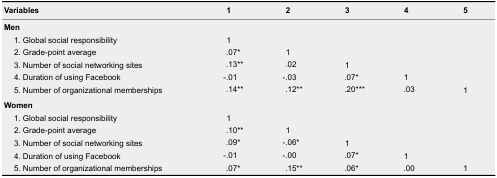
<table><thead><tr><td><b>Variables</b></td><td><b>1</b></td><td><b>2</b></td><td><b>3</b></td><td><b>4</b></td><td><b>5</b></td></tr></thead><tbody><tr><td colspan="6"><b>Men</b></td></tr><tr><td>1. Global social responsibility</td><td>1</td><td></td><td></td><td></td><td></td></tr><tr><td>2. Grade-point average</td><td>.07*</td><td>1</td><td></td><td></td><td></td></tr><tr><td>3. Number of social networking sites</td><td>.13**</td><td>.02</td><td>1</td><td></td><td></td></tr><tr><td>4. Duration of using Facebook</td><td>-.01</td><td>-.03</td><td>.07*</td><td>1</td><td></td></tr><tr><td>5. Number of organizational memberships</td><td>.14**</td><td>.12**</td><td>.20***</td><td>.03</td><td>1</td></tr><tr><td colspan="6"><b>Women</b></td></tr><tr><td>1. Global social responsibility</td><td>1</td><td></td><td></td><td></td><td></td></tr><tr><td>2. Grade-point average</td><td>.10**</td><td>1</td><td></td><td></td><td></td></tr><tr><td>3. Number of social networking sites</td><td>.09*</td><td>-.06*</td><td>1</td><td></td><td></td></tr><tr><td>4. Duration of using Facebook</td><td>-.01</td><td>-.00</td><td>.07*</td><td>1</td><td></td></tr><tr><td>5. Number of organizational memberships</td><td>.07*</td><td>.15**</td><td>.06*</td><td>.00</td><td>1</td></tr></tbody></table>